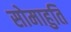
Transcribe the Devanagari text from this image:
सोमाहुति